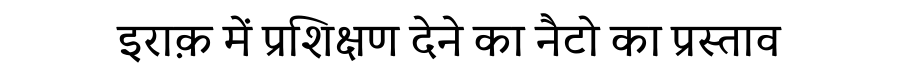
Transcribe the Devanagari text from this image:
इराक़ में प्रशिक्षण देने का नैटो का प्रस्ताव